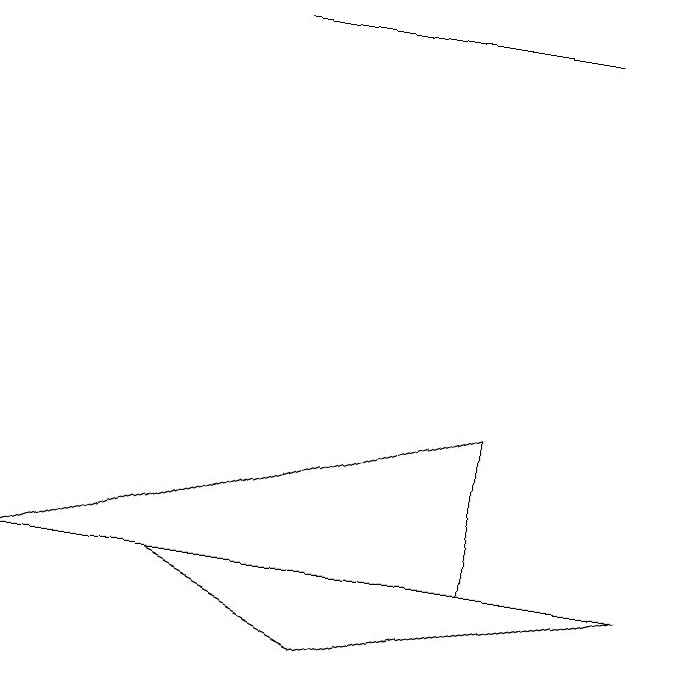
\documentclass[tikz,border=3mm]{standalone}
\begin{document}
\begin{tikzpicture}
\draw (7,14) rectangle (3,14);
\draw (4,6) -- (2,7) -- (8,7) -- cycle;
\draw (6,9) -- (0,7) -- (6,7) -- cycle;
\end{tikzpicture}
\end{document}